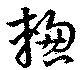
＊